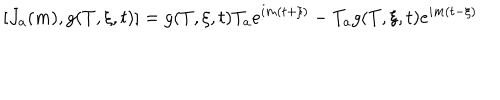
LaTeX: [ J _ { a } ( m ) , g ( T , \xi , t ) ] = g ( T , \xi , t ) T _ { a } e ^ { i m ( t + \xi ) } - T _ { a } g ( T , \xi , t ) e ^ { i m ( t - \xi ) }